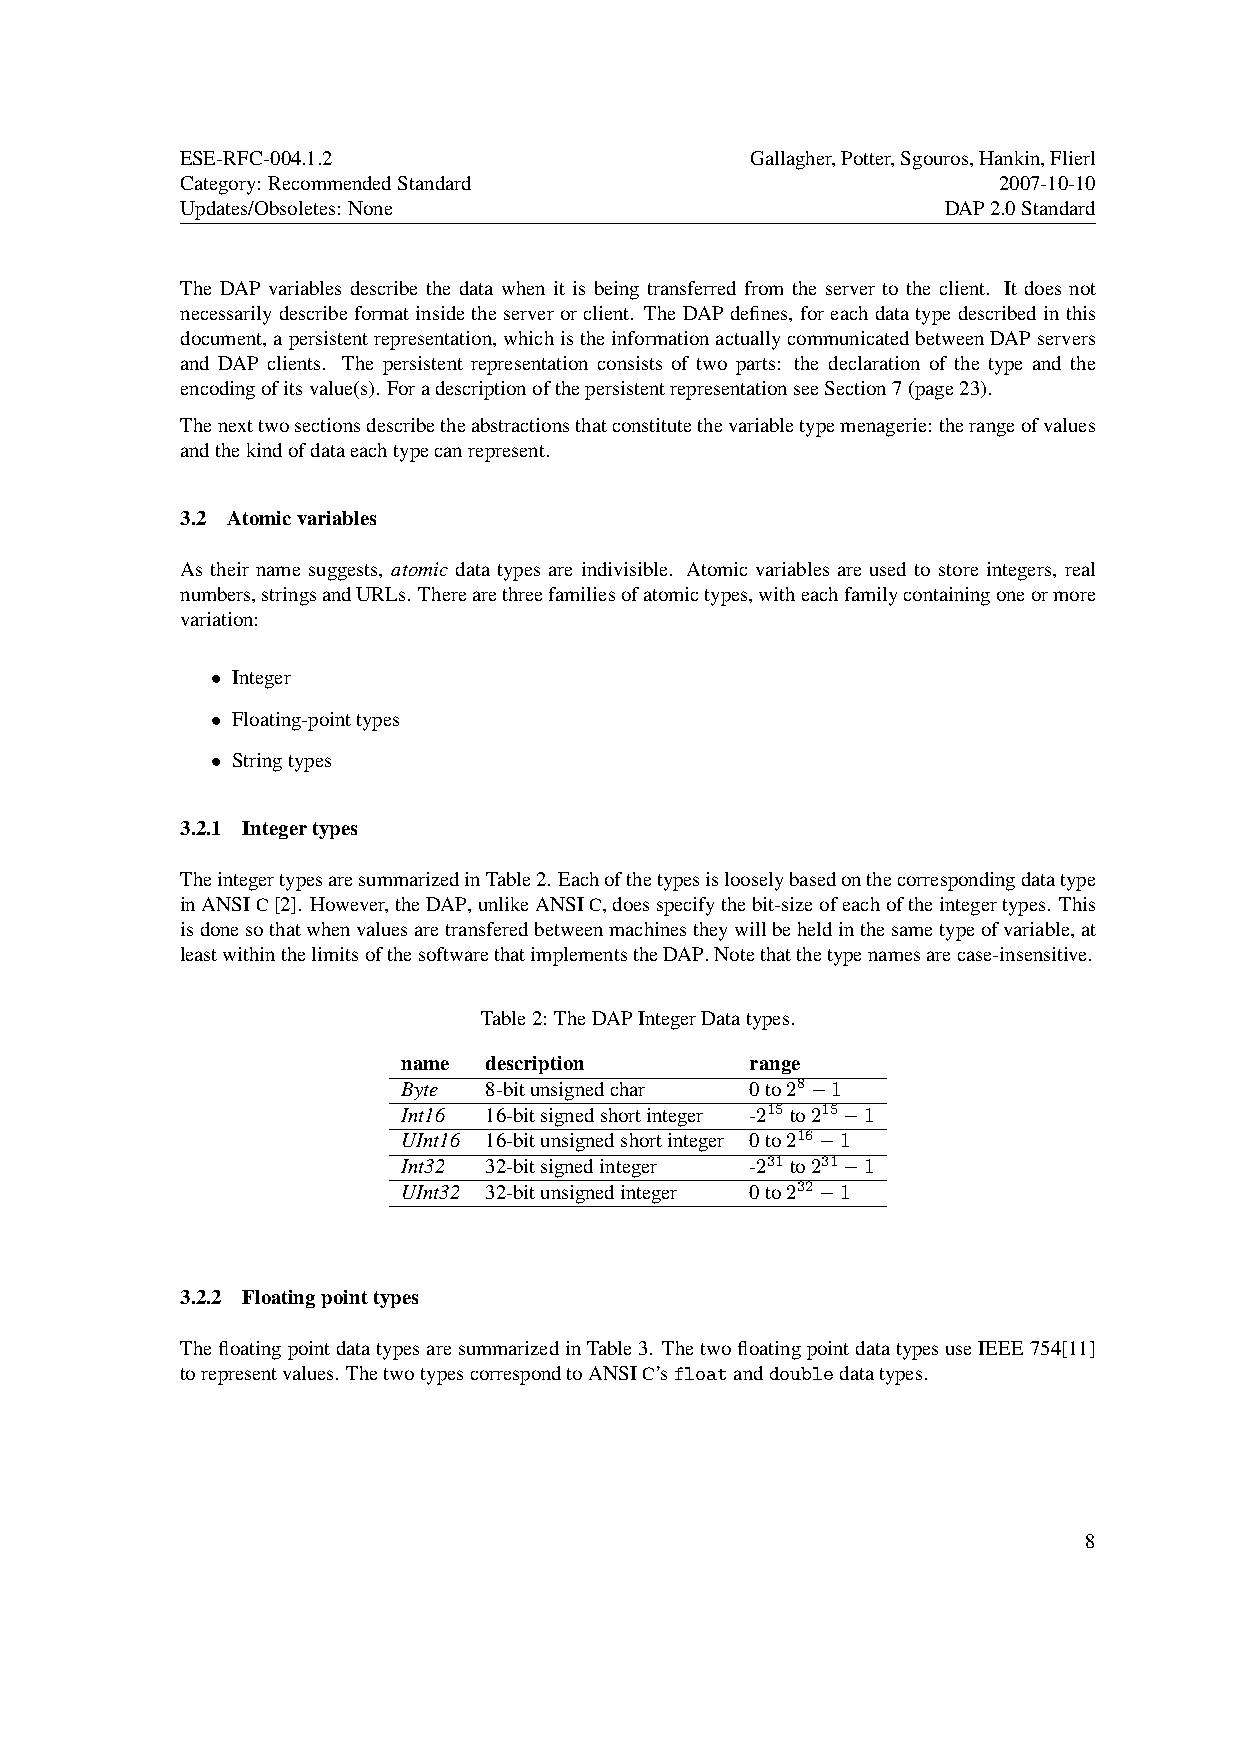
ESE-RFC-004.1.2                       Gallagher,Potter,Sgouros,Hankin,Flierl
 Category: RecommendedStandard                         2007-10-10
 Updates/Obsoletes: None                            DAP2.0Standard
 The DAP variables describe the data when it is being transferred from the server to the client. It does not
 necessarilydescribeformatinsidetheserverorclient. TheDAPdefines, foreachdatatypedescribedinthis
 document,apersistentrepresentation,whichistheinformationactuallycommunicatedbetweenDAPservers
 and DAP clients. The persistent representation consists of two parts: the declaration of the type and the
 encodingofitsvalue(s). ForadescriptionofthepersistentrepresentationseeSection7(page23).
 Thenexttwosectionsdescribetheabstractionsthatconstitutethevariabletypemenagerie: therangeofvalues
 andthekindofdataeachtypecanrepresent.
 3.2 Atomicvariables
 As their name suggests, atomic data types are indivisible. Atomic variables are used to store integers, real
 numbers,stringsandURLs. Therearethreefamiliesofatomictypes,witheachfamilycontainingoneormore
 variation:
 • Integer
 • Floating-pointtypes
 • Stringtypes
 3.2.1 Integertypes
 TheintegertypesaresummarizedinTable2. Eachofthetypesislooselybasedonthecorrespondingdatatype
 inANSIC[2]. However,theDAP,unlikeANSIC,doesspecifythebit-sizeofeachoftheintegertypes. This
 isdonesothatwhenvaluesaretransferedbetweenmachinestheywillbeheldinthesametypeofvariable,at
 leastwithinthelimitsofthesoftwarethatimplementstheDAP.Notethatthetypenamesarecase-insensitive.
 Table2: TheDAPIntegerDatatypes.
 name description       range
 Byte 8-bitunsignedchar 0to28−1
 Int16 16-bitsignedshortinteger -215to215−1
 UInt16 16-bitunsignedshortinteger 0to216−1
 Int32 32-bitsignedinteger -231to231−1
 UInt32 32-bitunsignedinteger 0to232−1
 3.2.2 Floatingpointtypes
 ThefloatingpointdatatypesaresummarizedinTable3. ThetwofloatingpointdatatypesuseIEEE754[11]
 torepresentvalues. ThetwotypescorrespondtoANSIC’sfloatanddoubledatatypes.
 8